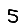
Digit: 5